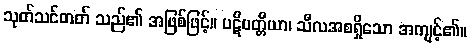
သုတ်သင်တတ် သည်၏ အဖြစ်ဖြင့်။ ပဋိပတ္တိယာ၊ သီလအစရှိသော အကျင့်၏။